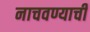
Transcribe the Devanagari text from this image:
नाचवण्याची